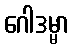
ဂေါဒမ္မာ